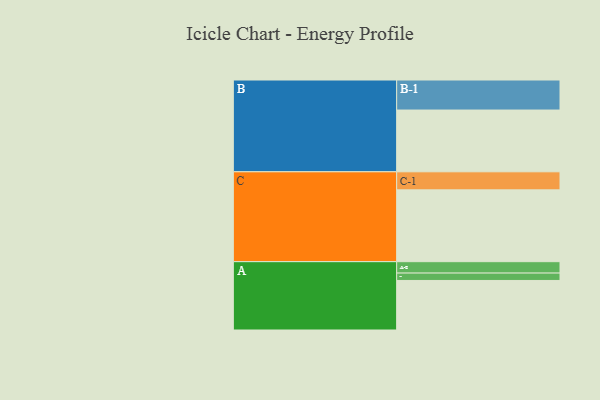
{"axis": {"x": "Segment", "y": "Value"}, "legend": ["", "A", "B", "C"], "data": [{"x": "A", "y": 409, "type": ""}, {"x": "B", "y": 510, "type": ""}, {"x": "C", "y": 593, "type": ""}, {"x": "A-1", "y": 61, "type": "A"}, {"x": "A-2", "y": 94, "type": "A"}, {"x": "B-1", "y": 248, "type": "B"}, {"x": "C-1", "y": 149, "type": "C"}]}